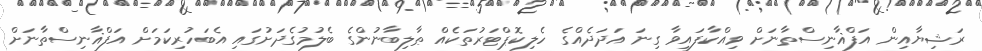
ރަޝިޔާއިން އަފްޣާނިސްތާނަށް ވިއްކާފައިވާ ގިނަ އަދަދެއްގެ ހެލިކޮޕްޓަރުތަކެއް ޠާލިބާނުންގެ ބެލުމުގެދަށުގައި އެބަހުރިކަމަށް އަފްޣާނިސްތާނަށް